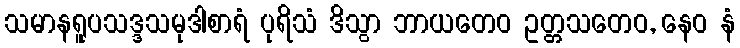
သမာနရူပသဒ္ဒသမုဒါစာရံ ပုရိသံ ဒိသွာ ဘာယတေဝ ဥတ္တသတေဝ, နေဝ နံ